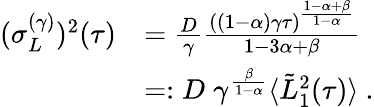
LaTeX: \begin{array}{rl}{(\sigma_{L}^{(\gamma)})^{2}(\tau)}&{=\frac{D}{\gamma}\frac{((1-\alpha)\gamma\tau)^{\frac{1-\alpha+\beta}{1-\alpha}}}{1-3\alpha+\beta}}\\ &{=:D\; \gamma^{\frac{\beta}{1-\alpha}}\langle\tilde{L}_{1}^{2}(\tau)\rangle\ .}\end{array}